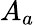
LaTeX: A_{a}